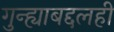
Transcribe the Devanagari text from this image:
गुन्ह्याबद्दलही